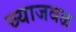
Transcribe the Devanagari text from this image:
च्याजवळ